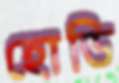
হোডি